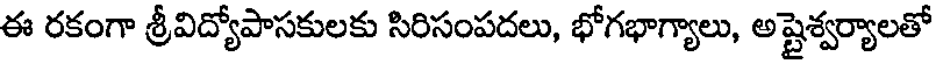
ఈ రకంగా శ్రీవిద్యోపాసకులకు సిరిసంపదలు, భోగభాగ్యాలు, అష్టైశ్వర్యాలతో